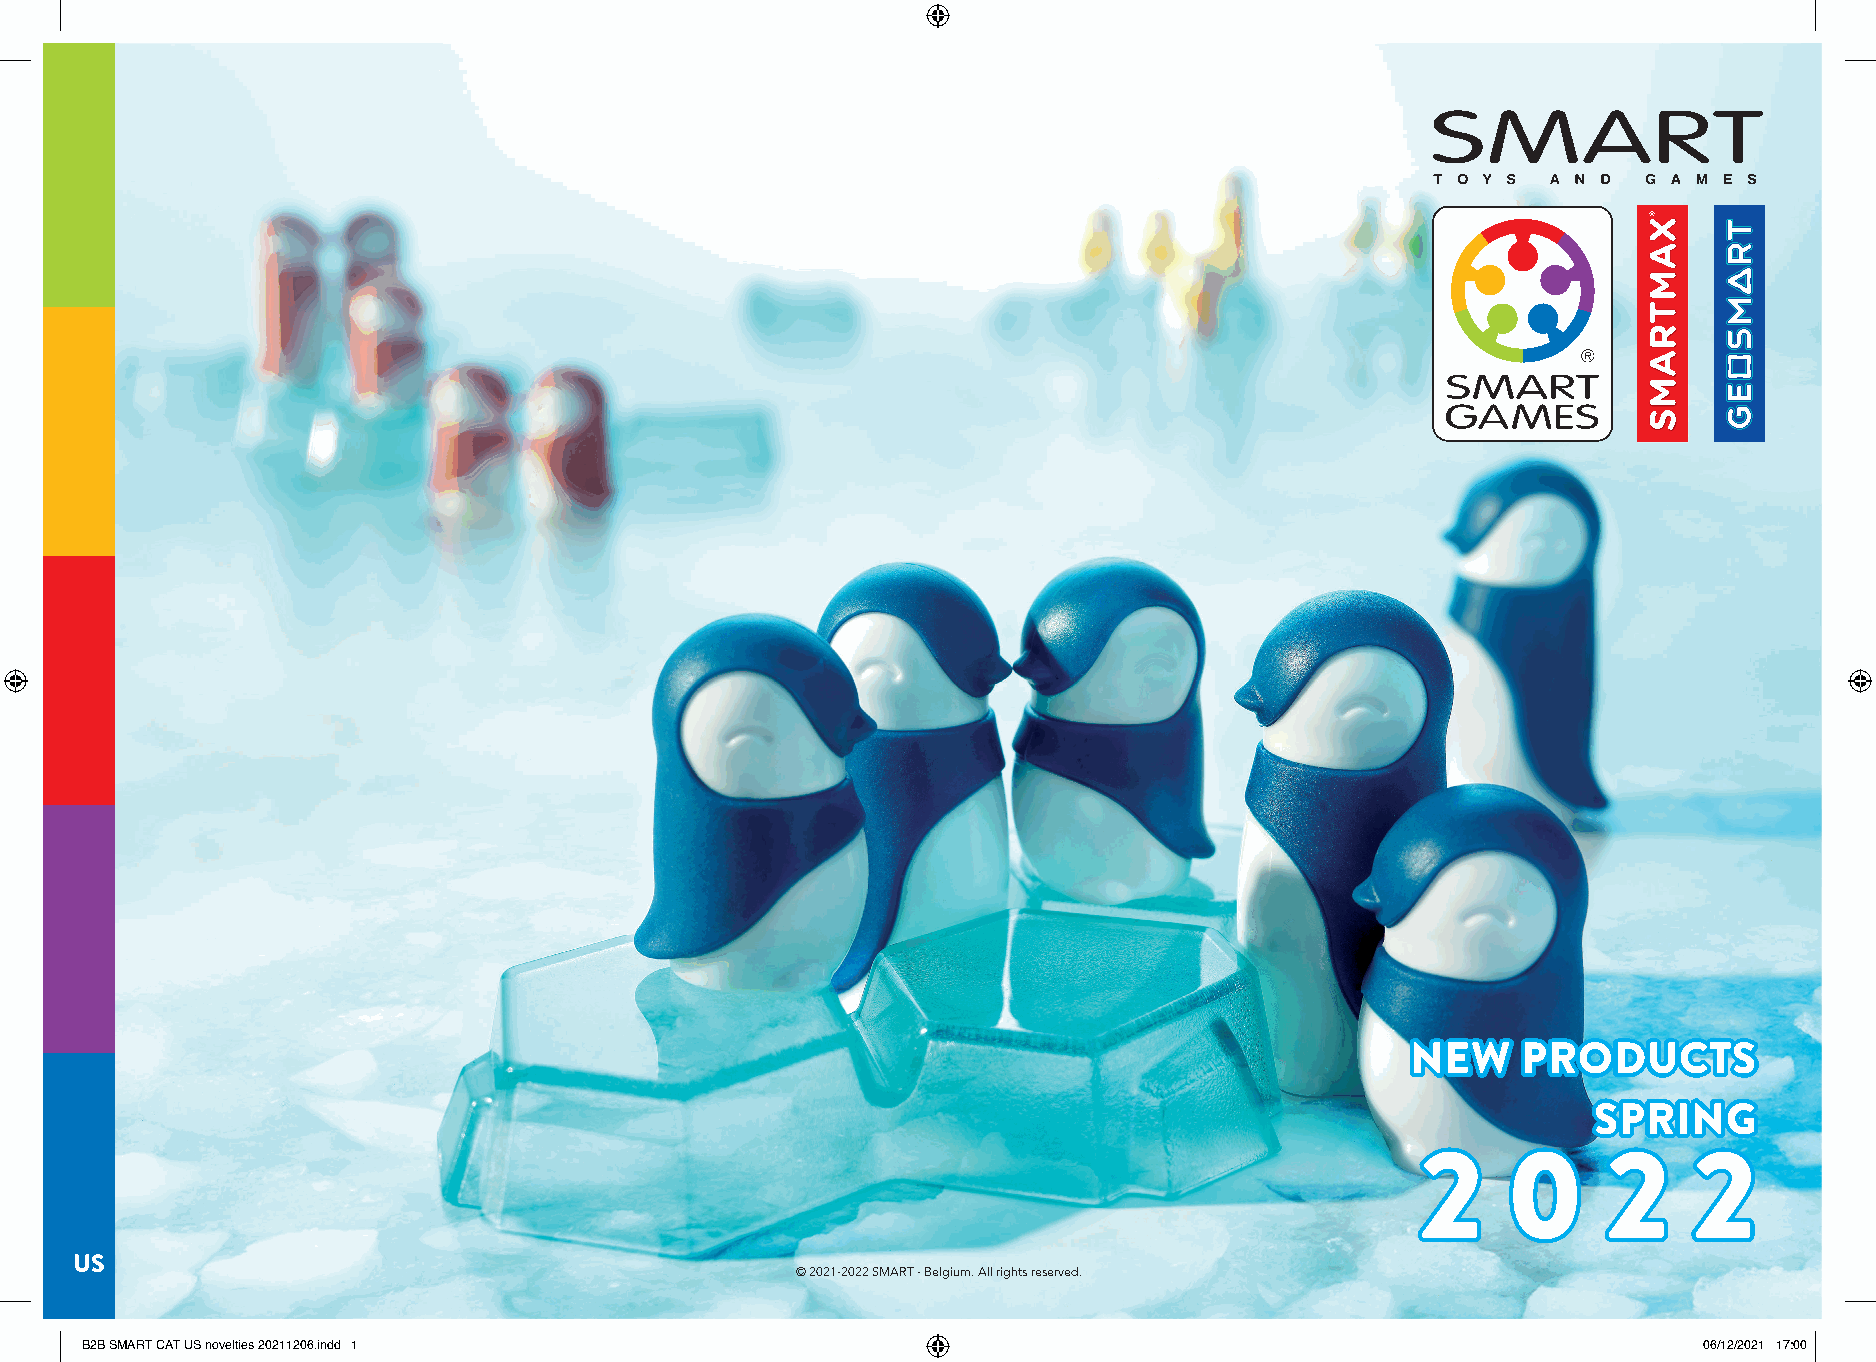
NNNEEEWWW PPPRRROOODDDUUUCCCTTTSSS
 SSSPPPRRRIIINNNGGG
 222   000   222   222
 US
 ©© 22002211--22002222 SSMMAARRTT -- BBeellggiiuumm.. AAllll rriigghhttss rreesseerrvveedd..
 BB22BB SSMMAARRTT CCAATT UUSS nnoovveellttiieess 2200221111220066..iinndddd 11                              0066//1122//22002211 1177::0000